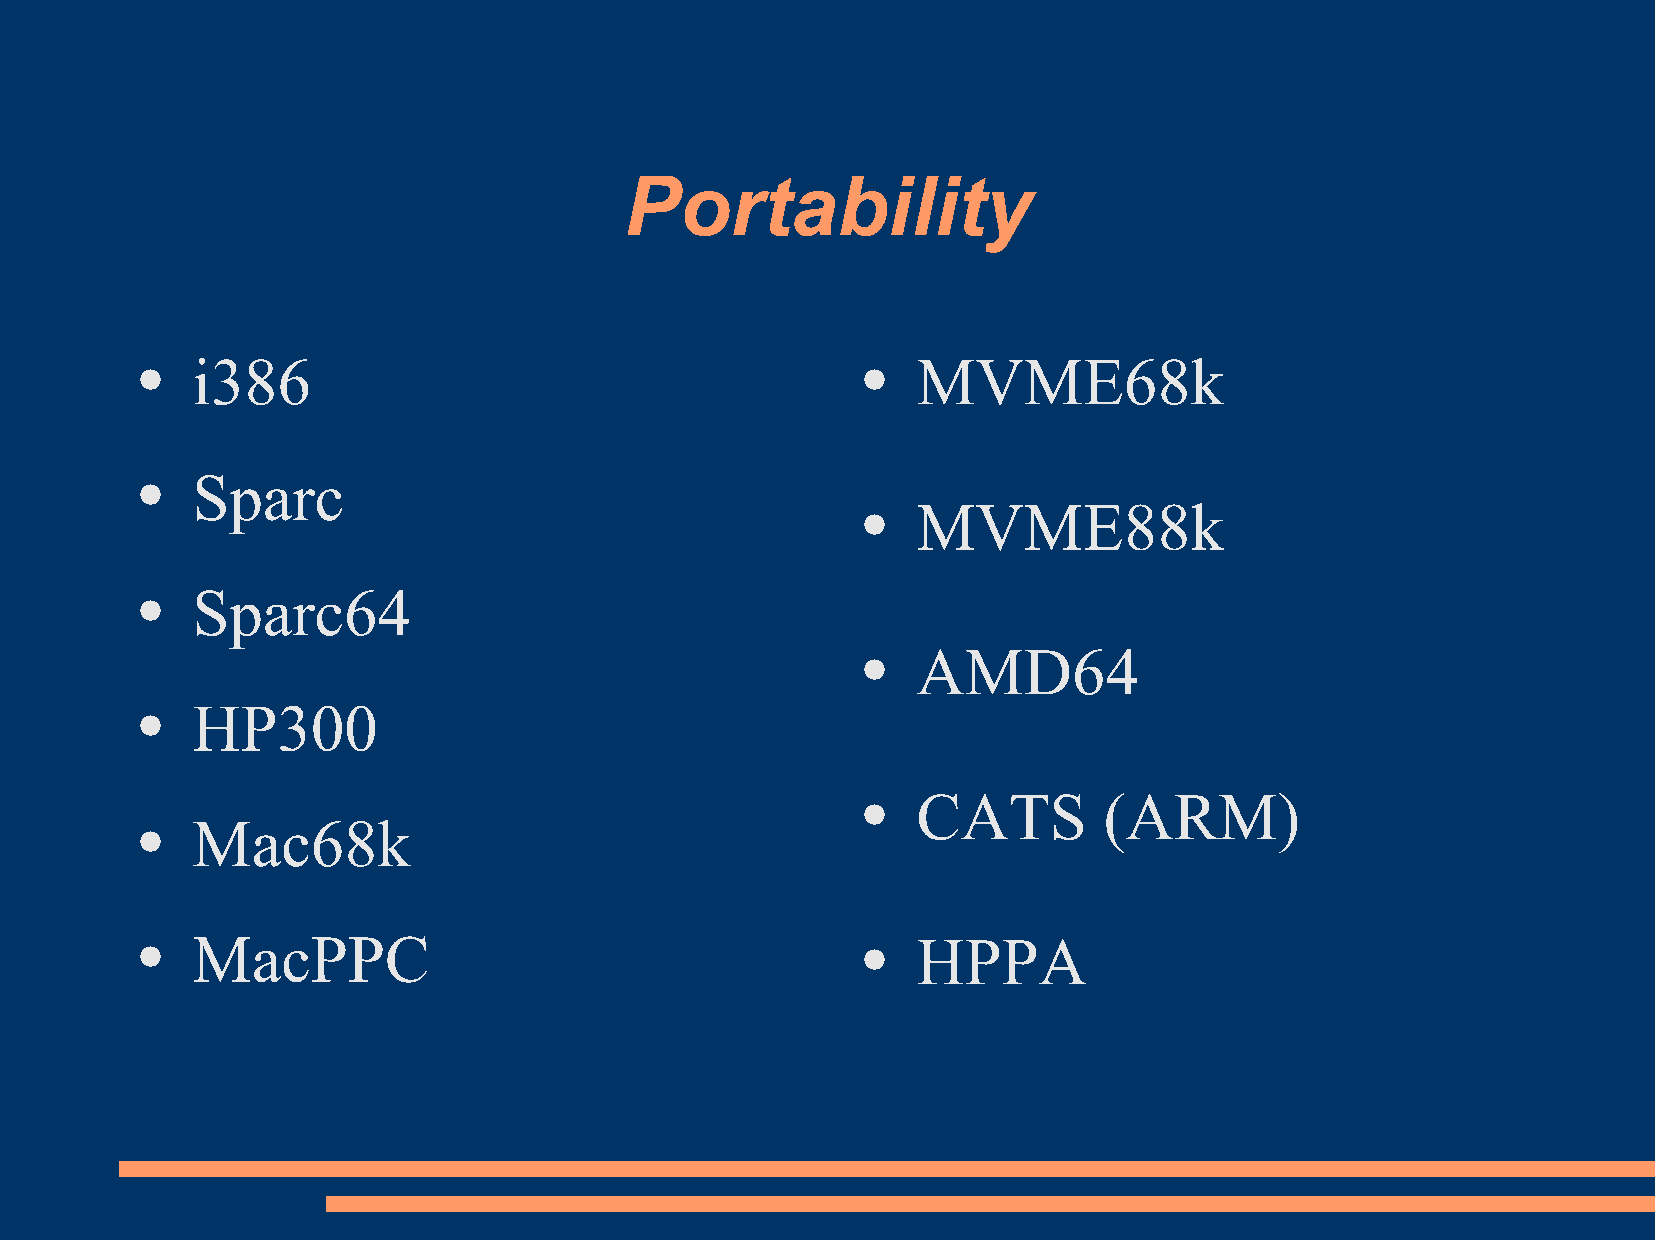
Portability
 i386                                            MVME68k
 ●                                               ●
 Sparc
 ●
 MVME88k
 ●
 Sparc64
 ●
 AMD64
 ●
 HP300
 ●
 CATS        (ARM)
 ●
 Mac68k
 ●
 MacPPC                                          HPPA
 ●                                               ●